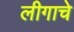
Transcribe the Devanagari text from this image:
लीगाचे